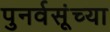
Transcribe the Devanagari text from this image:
पुनर्वसूंच्या